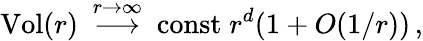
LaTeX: \mathrm{Vol}(r)~\stackrel{r\rightarrow\infty}{\longrightarrow}~\mathrm{const}\; r^{d}(1+O(1/r))\, ,